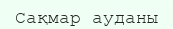
Сақмар ауданы